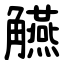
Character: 觾